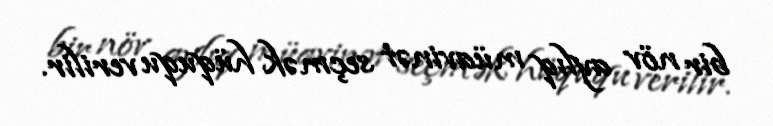
bir növ aylıq müavinət seçmək hüququ verilir.